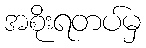
အစိုးရတပ်မှ